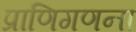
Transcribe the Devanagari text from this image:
प्राणिगणना